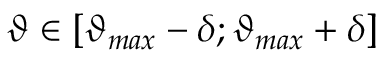
\vartheta \in [ \vartheta _ { m a x } - \delta ; \vartheta _ { m a x } + \delta ]